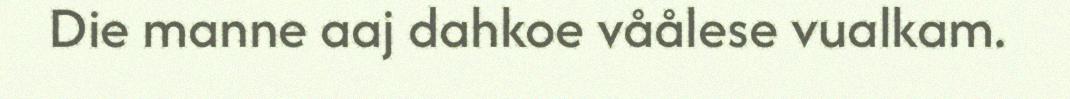
Die manne aaj dahkoe våålese vualkam.